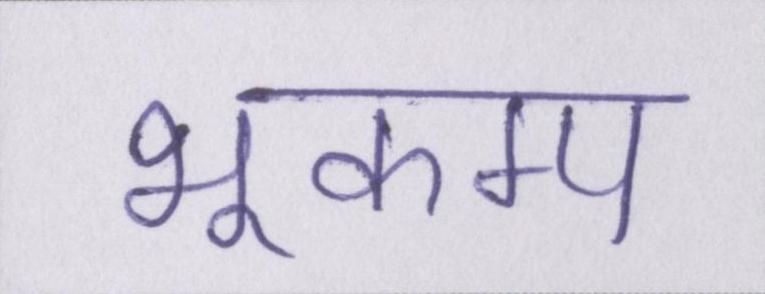
भूकम्प